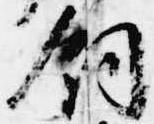
飼